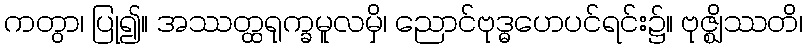
ကတွာ၊ ပြု၍။ အဿတ္ထရုက္ခမူလမှိ၊ ညောင်ဗုဒ္ဓဟေပင်ရင်း၌။ ဗုဇ္ဈိဿတိ၊